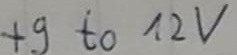
Text: +9 to 12V